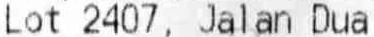
LOT 2407, JALAN DUA